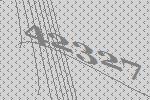
42327